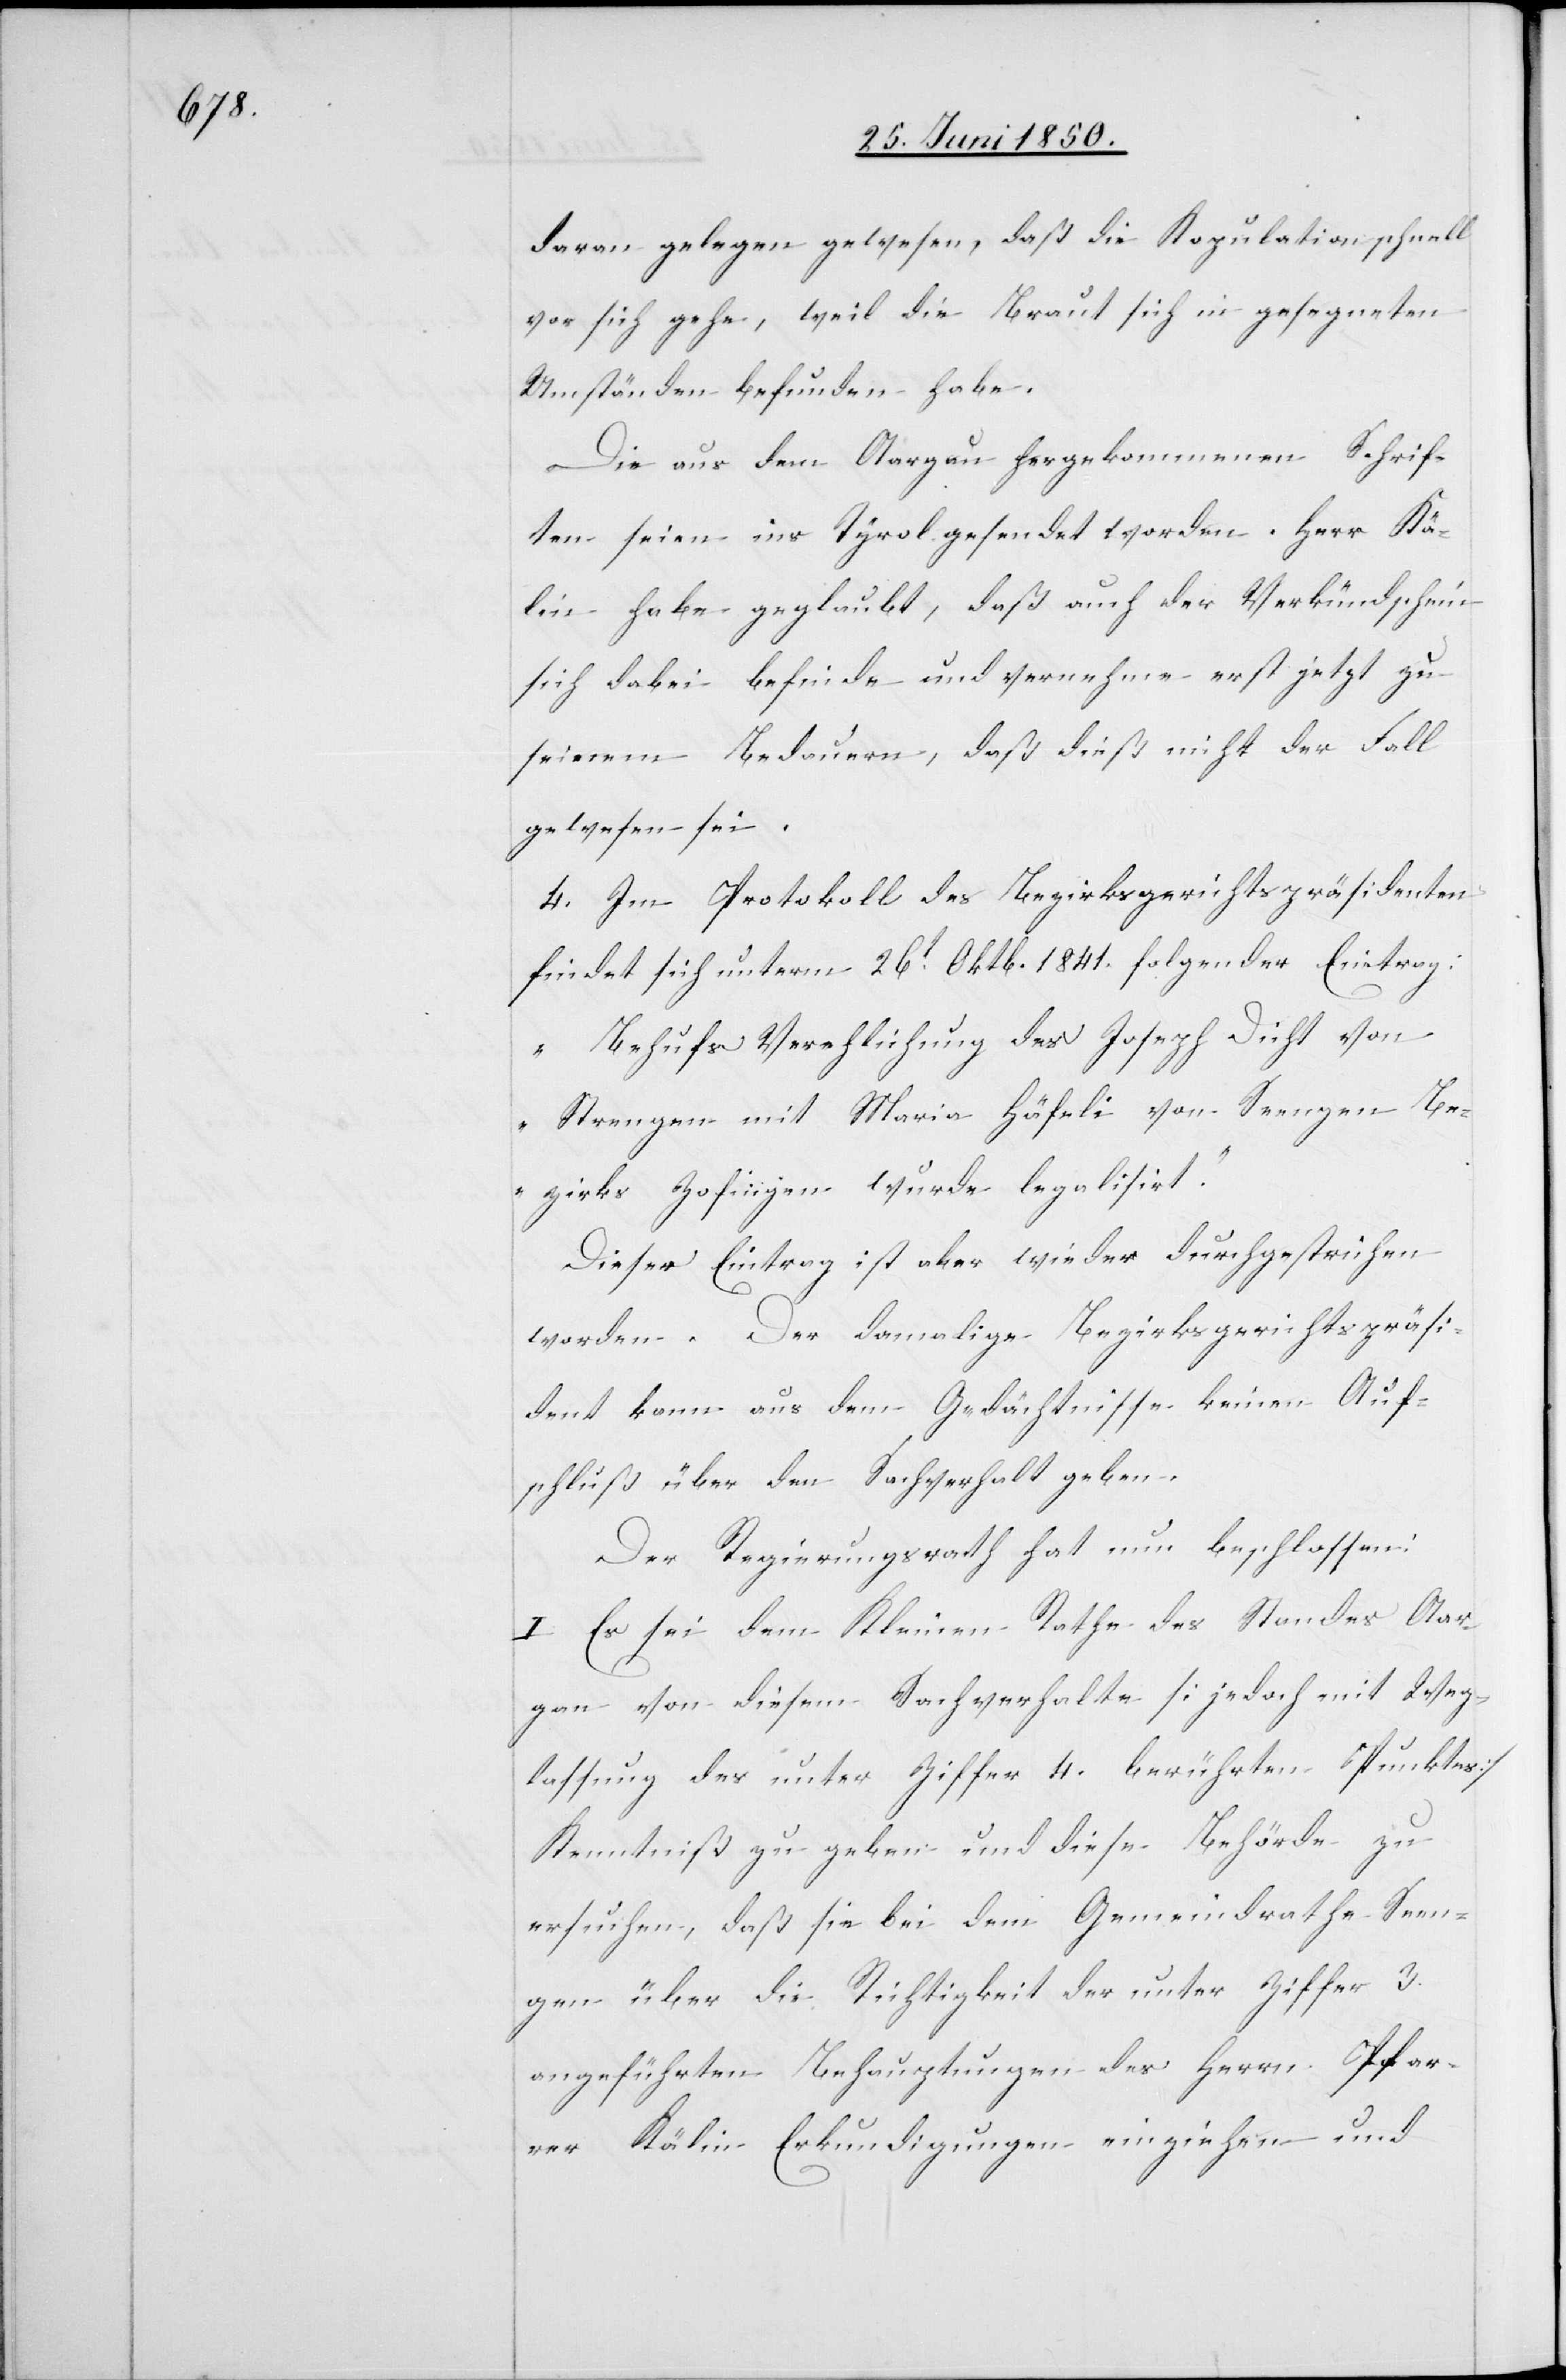
daran gelegen gewesen, daß die Kopulation schnell
vor sich gehe, weil die Braut sich in gesegneten
Umständen befunden habe.
Die aus dem Aargau hergekommenen Schrif¬
ten seien ins Tyrol gesendet worden. Herr Kä¬
lin habe geglaubt, daß auch der Verkündschein
sich dabei befinde und vernehme erst jetzt zu
seinem Bedauern, daß dieß nicht der Fall
gewesen sei.
4. Im Protokoll des Bezirksgerichtspräsidenten
findet sich unterm 26t Oktb. 1841. folgender Eintrag:
„Behufs Verehlichung des Joseph Dicht von
Strengen mit Maria Häfeli von Seengen Be¬
zirks Zofingen wurde legalisirt.“
Dieser Eintrag ist aber wieder durchgestrichen
worden. Der damalige Bezirksgerichtspräsi¬
dent kann aus dem Gedächtnisse keinen Auf¬
schluß über den Sachverhalt geben.
Der Regierungsrath hat nun beschlossen:
I. Es sei dem Kleinen Rathe des Standes Aar¬
gau von diesem Sachverhalte [jedoch mit Weg¬
lassung des unter Ziffer 4. berührten Punktes]
Kenntniß zu geben und diese Behörde zu
ersuchen, daß sie bei dem Gemeindrathe Seen¬
gen über die Richtigkeit der unter Ziffer 3.
angeführten Behauptungen des Herrn Pfar¬
rer Kälin Erkundigungen einziehen und